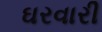
ઘરવારી